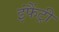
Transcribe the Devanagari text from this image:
इंफैंट्री